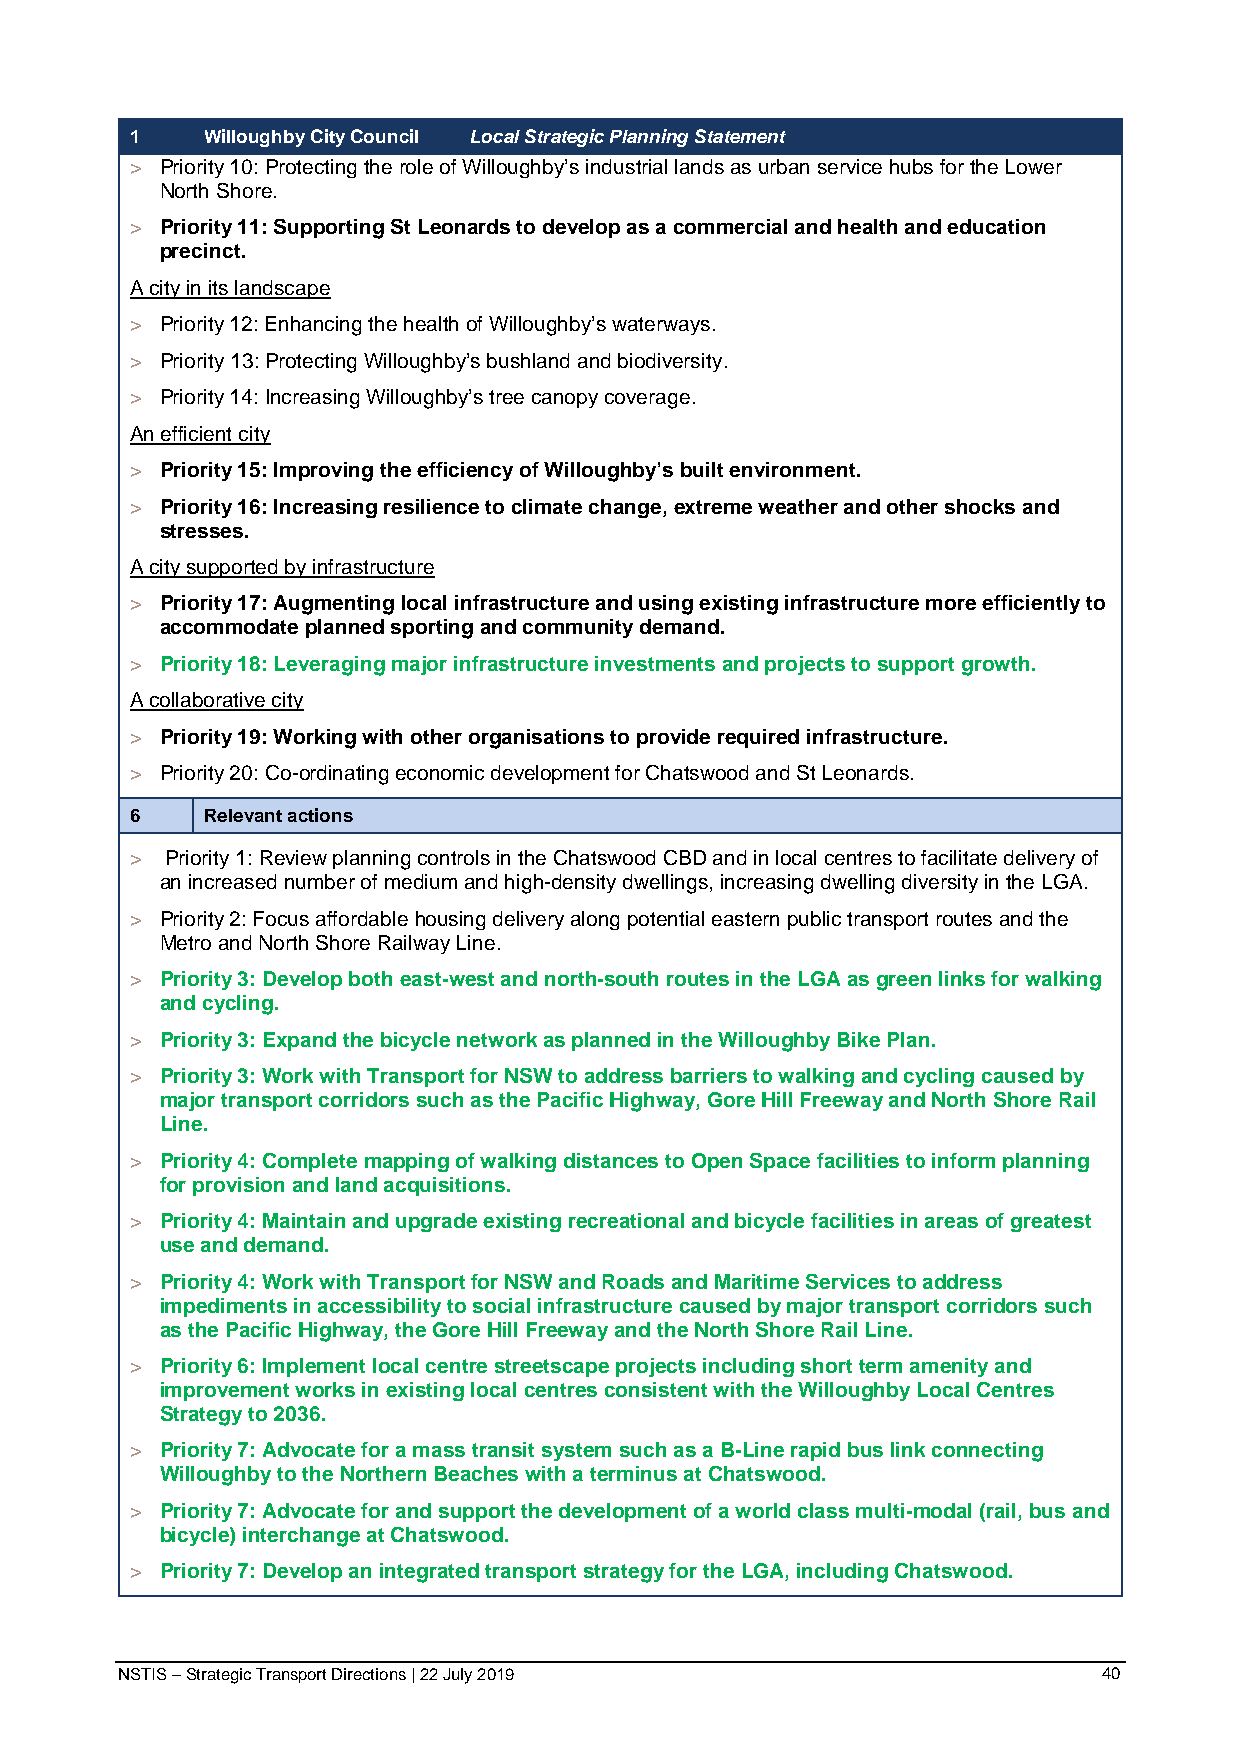
1   Willoughby City Council Local Strategic Planning Statement
 > Priority 10: Protecting the role of Willoughby’s industrial lands as urban service hubs for the Lower
 North Shore.
 > Priority 11: Supporting St Leonards to develop as a commercial and health and education
 precinct.
 A city in its landscape
 > Priority 12: Enhancing the health of Willoughby’s waterways.
 > Priority 13: Protecting Willoughby’s bushland and biodiversity.
 > Priority 14: Increasing Willoughby’s tree canopy coverage.
 An efficient city
 > Priority 15: Improving the efficiency of Willoughby’s built environment.
 > Priority 16: Increasing resilience to climate change, extreme weather and other shocks and
 stresses.
 A city supported by infrastructure
 > Priority 17: Augmenting local infrastructure and using existing infrastructure more efficiently to
 accommodate planned sporting and community demand.
 > Priority 18: Leveraging major infrastructure investments and projects to support growth.
 A collaborative city
 > Priority 19: Working with other organisations to provide required infrastructure.
 > Priority 20: Co-ordinating economic development for Chatswood and St Leonards.
 6   Relevant actions
 > Priority 1: Review planning controls in the Chatswood CBD and in local centres to facilitate delivery of
 an increased number of medium and high-density dwellings, increasing dwelling diversity in the LGA.
 > Priority 2: Focus affordable housing delivery along potential eastern public transport routes and the
 Metro and North Shore Railway Line.
 > Priority 3: Develop both east-west and north-south routes in the LGA as green links for walking
 and cycling.
 > Priority 3: Expand the bicycle network as planned in the Willoughby Bike Plan.
 > Priority 3: Work with Transport for NSW to address barriers to walking and cycling caused by
 major transport corridors such as the Pacific Highway, Gore Hill Freeway and North Shore Rail
 Line.
 > Priority 4: Complete mapping of walking distances to Open Space facilities to inform planning
 for provision and land acquisitions.
 > Priority 4: Maintain and upgrade existing recreational and bicycle facilities in areas of greatest
 use and demand.
 > Priority 4: Work with Transport for NSW and Roads and Maritime Services to address
 impediments in accessibility to social infrastructure caused by major transport corridors such
 as the Pacific Highway, the Gore Hill Freeway and the North Shore Rail Line.
 > Priority 6: Implement local centre streetscape projects including short term amenity and
 improvement works in existing local centres consistent with the Willoughby Local Centres
 Strategy to 2036.
 > Priority 7: Advocate for a mass transit system such as a B-Line rapid bus link connecting
 Willoughby to the Northern Beaches with a terminus at Chatswood.
 > Priority 7: Advocate for and support the development of a world class multi-modal (rail, bus and
 bicycle) interchange at Chatswood.
 > Priority 7: Develop an integrated transport strategy for the LGA, including Chatswood.
 NSTIS – Strategic Transport Directions | 22 July 2019            40